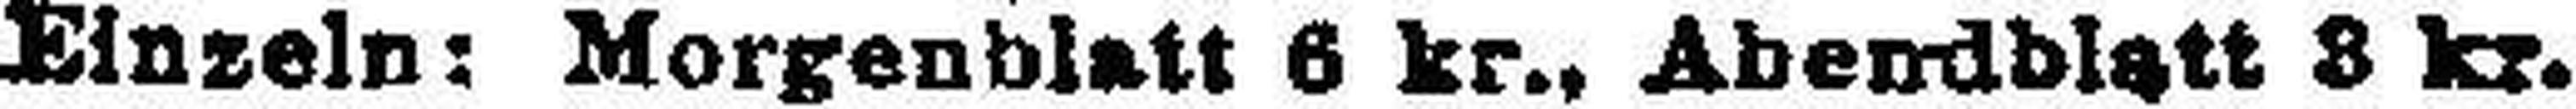
Einzeln: Morgenblatt 6 kr., Abendblatt 8 kr.